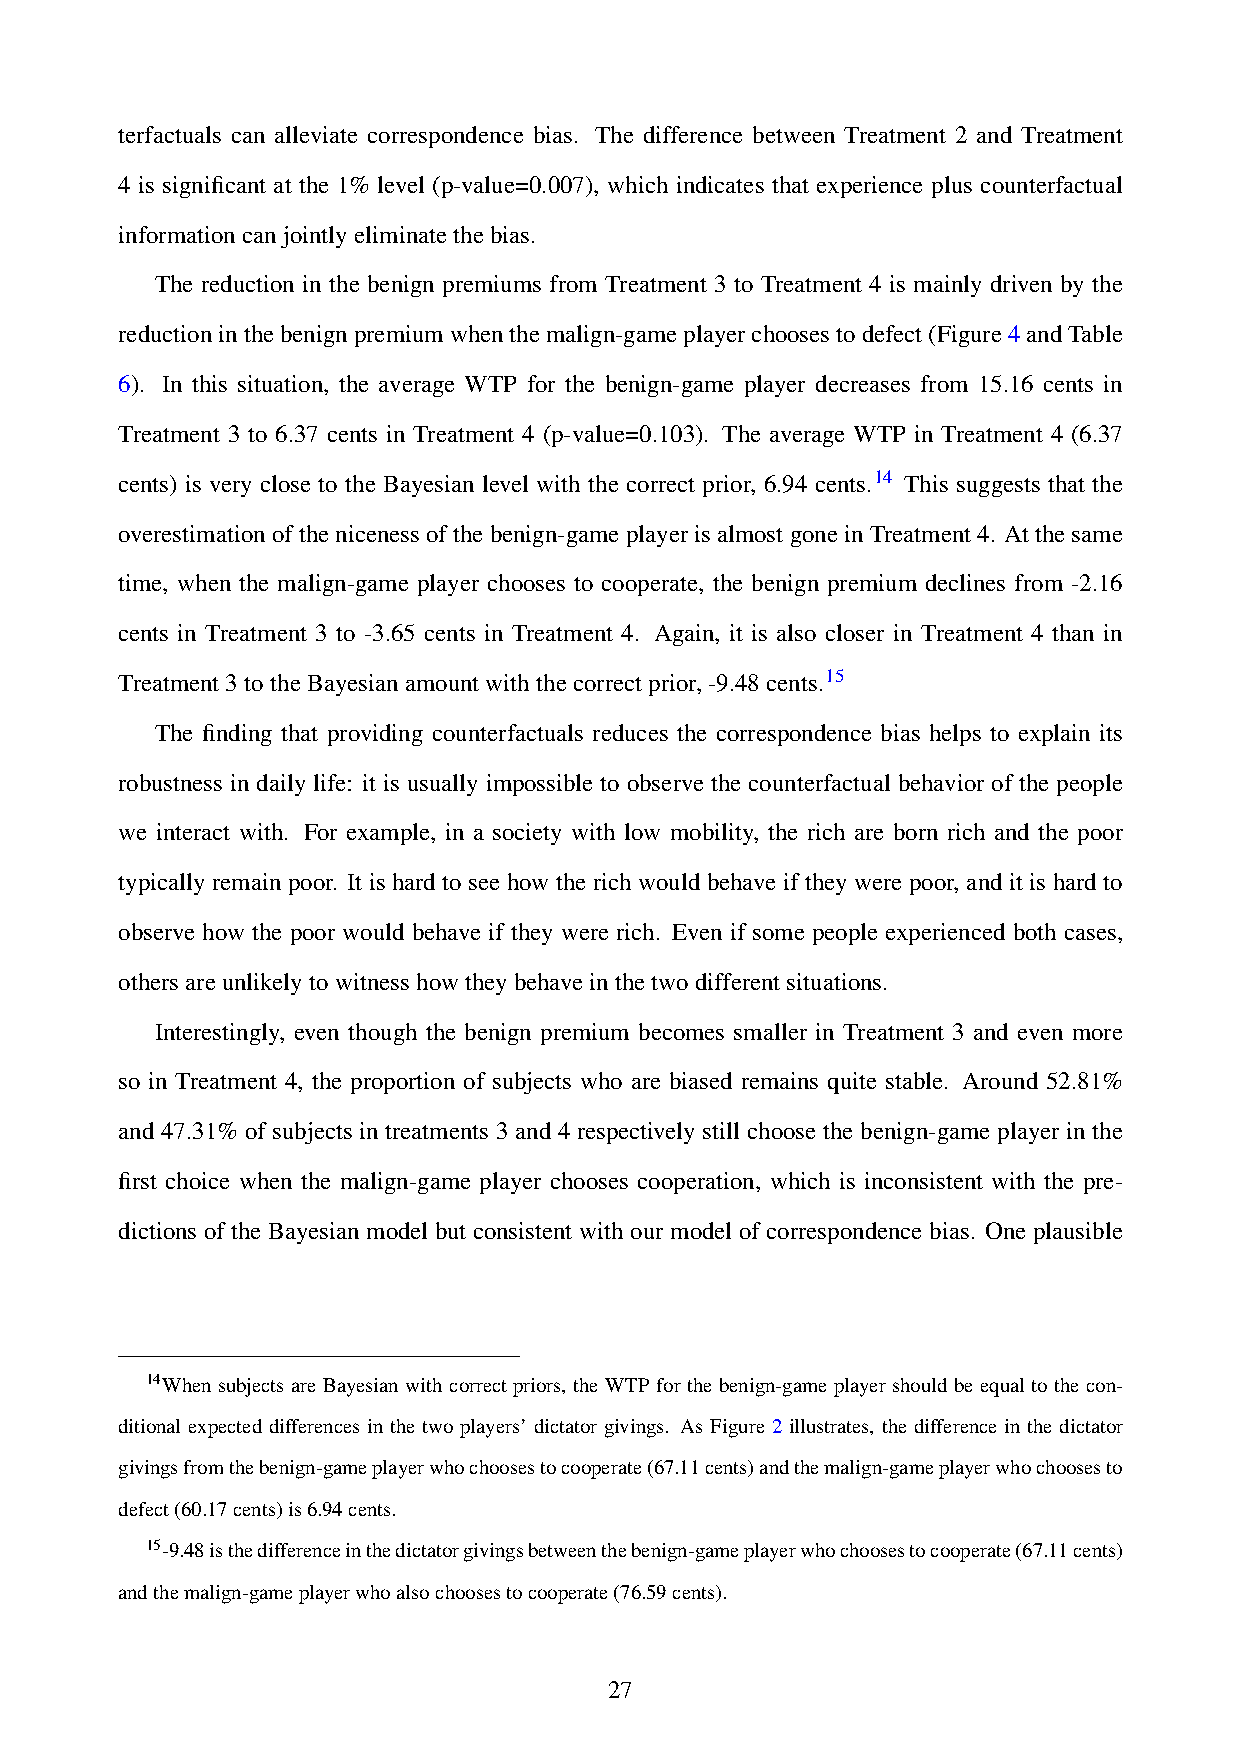
terfactuals can alleviate correspondence bias. The difference between Treatment 2 and Treatment
 4 is significant at the 1% level (p-value=0.007), which indicates that experience plus counterfactual
 informationcanjointlyeliminatethebias.
 The reduction in the benign premiums from Treatment 3 to Treatment 4 is mainly driven by the
 reductioninthebenignpremiumwhenthemalign-gameplayerchoosestodefect(Figure4andTable
 6). In this situation, the average WTP for the benign-game player decreases from 15.16 cents in
 Treatment 3 to 6.37 cents in Treatment 4 (p-value=0.103). The average WTP in Treatment 4 (6.37
 cents) is very close to the Bayesian level with the correct prior, 6.94 cents.14 This suggests that the
 overestimationofthenicenessofthebenign-gameplayerisalmostgoneinTreatment4. Atthesame
 time, when the malign-game player chooses to cooperate, the benign premium declines from -2.16
 cents in Treatment 3 to -3.65 cents in Treatment 4. Again, it is also closer in Treatment 4 than in
 Treatment3totheBayesianamountwiththecorrectprior,-9.48cents.15
 The finding that providing counterfactuals reduces the correspondence bias helps to explain its
 robustness in daily life: it is usually impossible to observe the counterfactual behavior of the people
 we interact with. For example, in a society with low mobility, the rich are born rich and the poor
 typically remain poor. It is hard to see how the rich would behave if they were poor, and it is hard to
 observe how the poor would behave if they were rich. Even if some people experienced both cases,
 othersareunlikelytowitnesshowtheybehaveinthetwodifferentsituations.
 Interestingly, even though the benign premium becomes smaller in Treatment 3 and even more
 so in Treatment 4, the proportion of subjects who are biased remains quite stable. Around 52.81%
 and 47.31% of subjects in treatments 3 and 4 respectively still choose the benign-game player in the
 first choice when the malign-game player chooses cooperation, which is inconsistent with the pre-
 dictions of the Bayesian model but consistent with our model of correspondence bias. One plausible
 14When subjects are Bayesian with correct priors, the WTP for the benign-game player should be equal to the con-
 ditional expected differences in the two players’ dictator givings. As Figure 2 illustrates, the difference in the dictator
 givingsfromthebenign-gameplayerwhochoosestocooperate(67.11cents)andthemalign-gameplayerwhochoosesto
 defect(60.17cents)is6.94cents.
 15-9.48isthedifferenceinthedictatorgivingsbetweenthebenign-gameplayerwhochoosestocooperate(67.11cents)
 andthemalign-gameplayerwhoalsochoosestocooperate(76.59cents).
 27